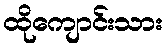
ထိုကျောင်းသား